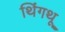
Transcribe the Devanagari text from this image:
थिंगथू